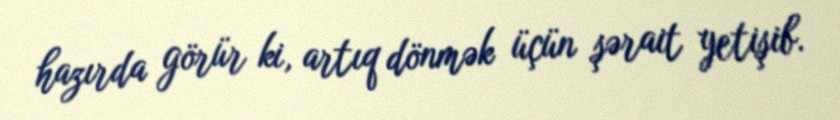
hazırda görür ki, artıq dönmək üçün şərait yetişib.